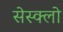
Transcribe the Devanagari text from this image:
सेस्क्लो